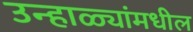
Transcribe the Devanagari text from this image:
उन्हाळ्यांमधील